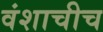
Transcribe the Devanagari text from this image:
वंशाचीच